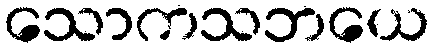
သောကသဘယေ